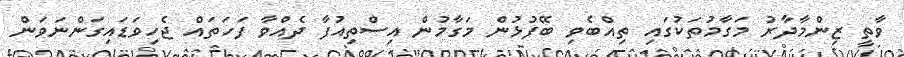
ވާތީ ޒިންމާދާރު މަގާމުތަކުގައި ތިއްބެވި ބޭފުޅުން މަގާމުން އިސްތިއުފާ ދެއްވާ ފަހަތައް ޖެހިވަޑައިގަންނަވަން